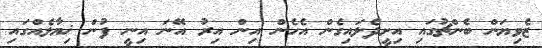
ޒެވިޔަން ބެންޗުގައި އިށީދެލައިގެން އެހެން އިން އިރު އޭނަ އިނީ ފުން ޚިޔާލެއްގައި